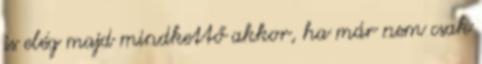
is elég majd mindkettő akkor, ha már nem csak